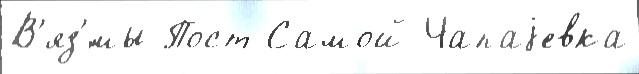
В'яз'́мы Пост Самой Чапаjевка